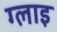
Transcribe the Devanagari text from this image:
ग्लाइ